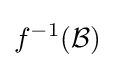
f^{-1}({\mathcal {B}})